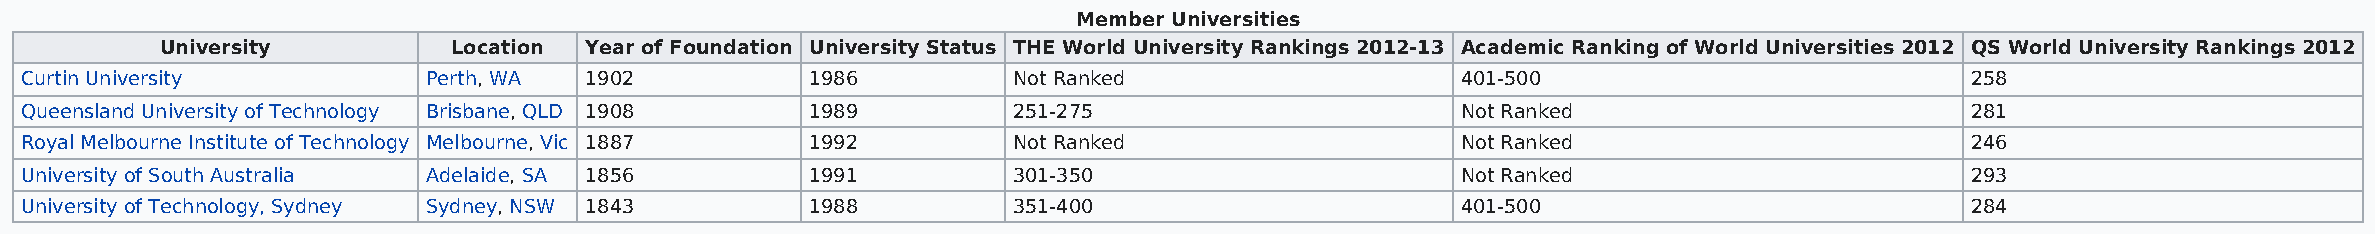
Member Universities
 University         Location Year of Foundation University Status THE World University Rankings 2012-13 Academic Ranking of World Universities 2012 QS World University Rankings 2012
 Curtin University          Perth, WA  1902           1986         Not Ranked                    401-500                          258
 Queensland University of Technology Brisbane, QLD 1908 1989       251-275                       Not Ranked                       281
 Royal Melbourne Institute of Technology Melbourne, Vic 1887 1992  Not Ranked                    Not Ranked                       246
 University of South Australia Adelaide, SA 1856      1991         301-350                       Not Ranked                       293
 University of Technology, Sydney Sydney, NSW 1843    1988         351-400                       401-500                          284